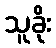
သူခိုး